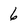
Character: 6